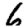
Digit: 6